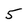
Character: 5